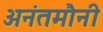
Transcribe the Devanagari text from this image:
अनंतमौनी